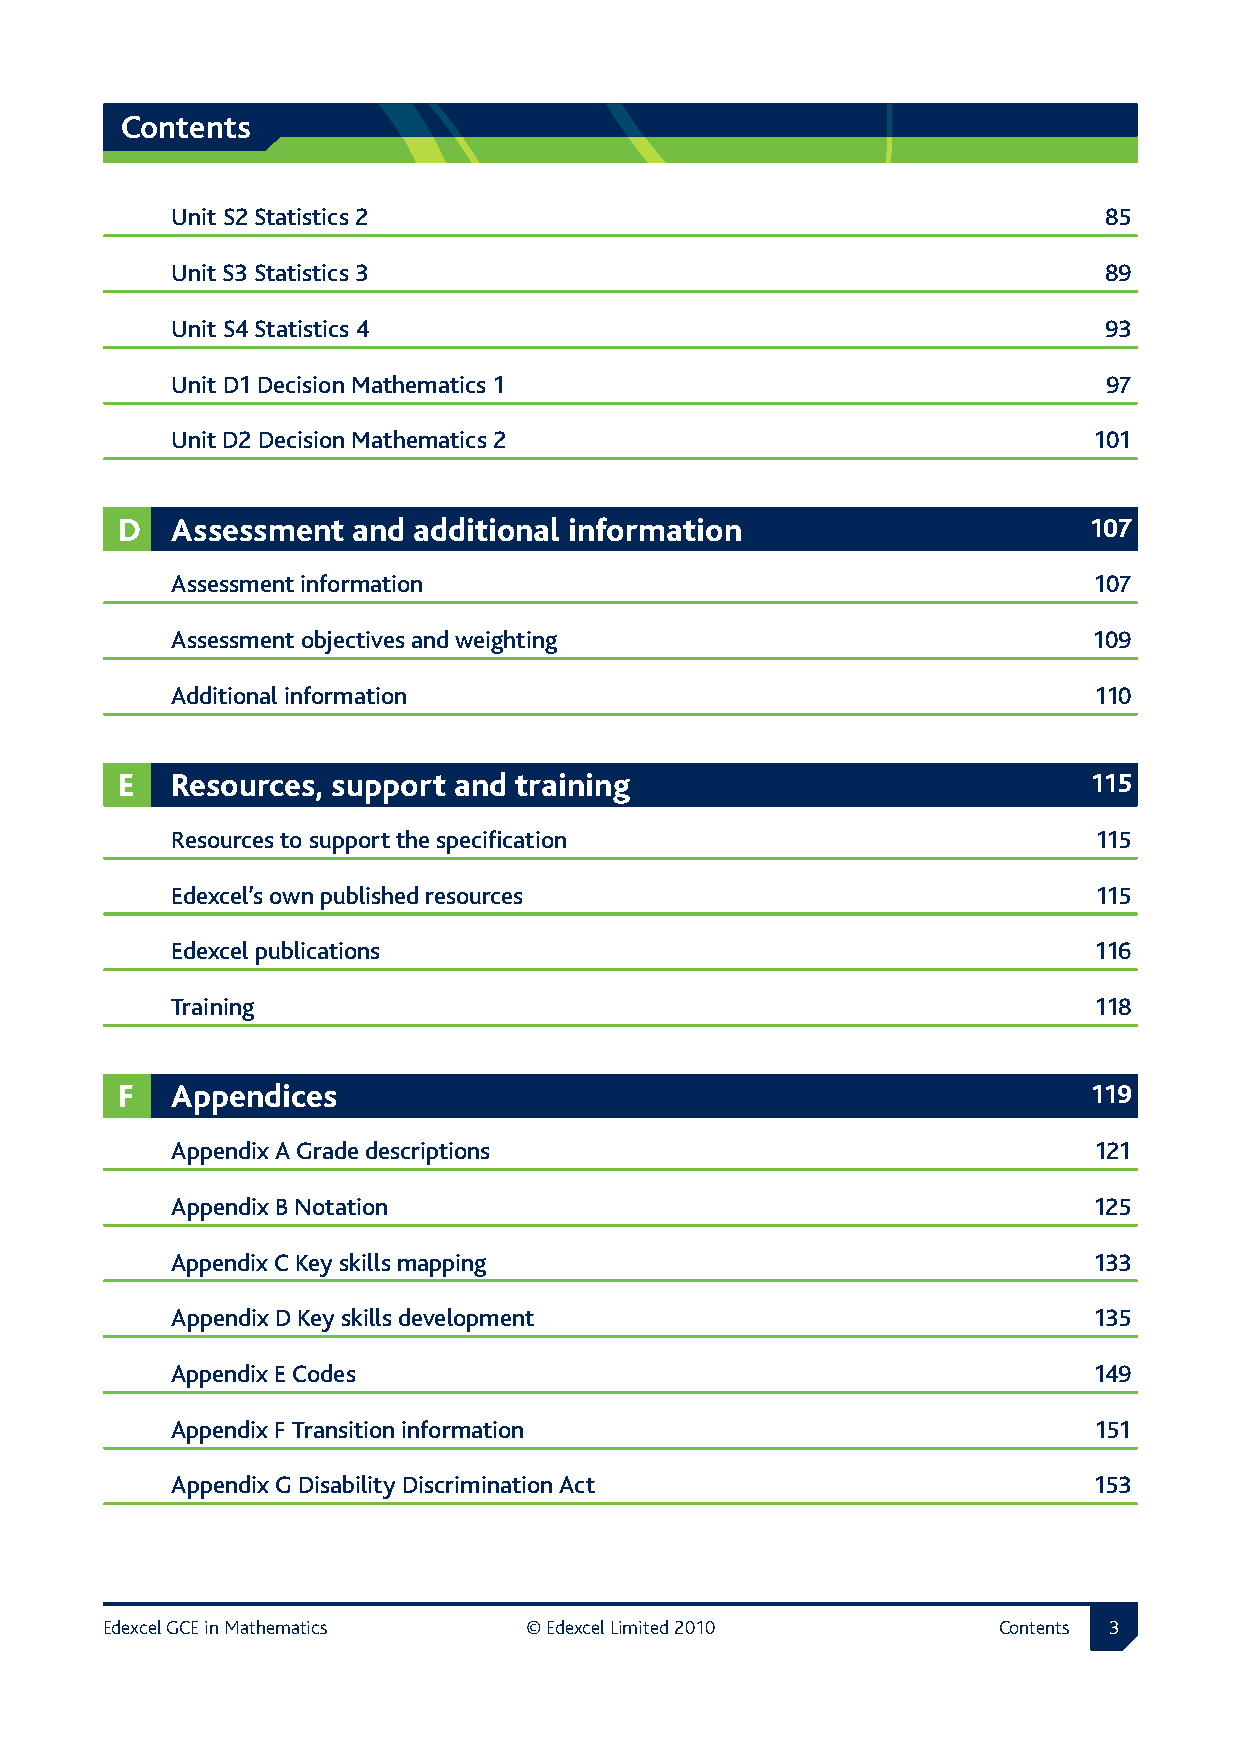
Contents
 Unit S2 Statistics 2                                          85
 Unit S3 Statistics 3                                          89
 Unit S4 Statistics 4                                          93
 Unit D1 Decision Mathematics 1                                97
 Unit D2 Decision Mathematics 2                               101
 D  Assessment  and additional information                       107
 Assessment information                                       107
 Assessment objectives and weighting                          109
 Additional information                                       110
 E  Resources, support and training                              115
 Resources to support the specification                       115
 Edexcel’s own published resources                            115
 Edexcel publications                                         116
 Training                                                     118
 F  Appendices                                                   119
 Appendix A Grade descriptions                                121
 Appendix B Notation                                          125
 Appendix C Key skills mapping                                133
 Appendix D Key skills development                            135
 Appendix E Codes                                             149
 Appendix F Transition information                            151
 Appendix G Disability Discrimination Act                     153
 Edexcel GCE in Mathematics  © Edexcel Limited 2010         Contents 